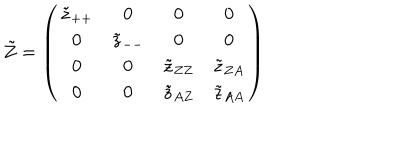
\tilde { Z } = \left( \begin{array} { c c c c } { { \tilde { z } _ { + + } } } & { { 0 } } & { { 0 } } & { { 0 } } \\ { { 0 } } & { { \tilde { z } _ { -- } } } & { { 0 } } & { { 0 } } \\ { { 0 } } & { { 0 } } & { { \tilde { z } _ { Z Z } } } & { { \tilde { z } _ { Z A } } } \\ { { 0 } } & { { 0 } } & { { \tilde { z } _ { A Z } } } & { { \tilde { z } _ { A A } } } \\ \end{array} \right)